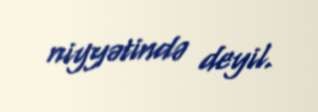
niyyətində deyil.